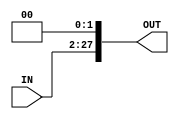
module SHIFT_LEFT_JUMP
(
	input [25:0]IN,
	output reg [27:0]OUT
);

assign OUT = {IN, 2'b0};

endmodule